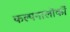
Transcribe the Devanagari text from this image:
कल्पनालोकों